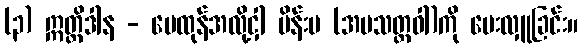
(၃) ဣတ္ထိဒါန - မေထုန်အလို့ငှါ မိန်းမ (အမသတ္တဝါ)ကို ပေးလှူခြင်း။